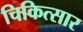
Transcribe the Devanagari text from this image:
चिकित्सार